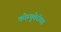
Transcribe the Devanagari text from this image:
कोम्पुतेरोवा